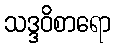
သဒ္ဒဝိစာရော